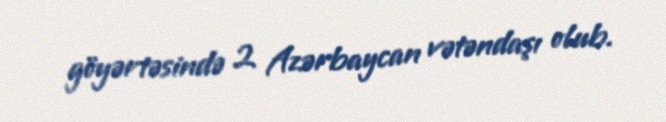
göyərtəsində 2 Azərbaycan vətəndaşı olub.